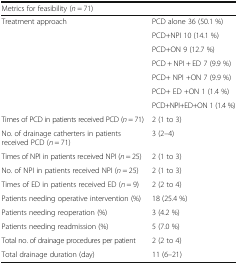
| <COLSPAN=2> Metrics for feasibility (n = 71) |
 | --- | --- |
 | <ROWSPAN=7> Treatment approach | PCD alone 36 (50.1 %) |
 | PCD+NPI 10 (14.1 %) |
 | PCD+ON 9 (12.7 %) |
 | PCD + NPI + ED 7 (9.9 %) |
 | PCD+ NPI +ON 7 (9.9 %) |
 | PCD+ ED +ON 1 (1.4 %) |
 | PCD+NPI+ED+ON 1 (1.4 %) |
 | Times of PCD in patients received PCD (n = 71) | 2 (1 to 3) |
 | No. of drainage catherters in patients received PCD (n = 71) | 3 (2–4) |
 | Times of NPI in patients received NPI (n = 25) | 2 (1 to 3) |
 | No. of NPI in patients received NPI (n = 25) | 2 (1 to 3) |
 | Times of ED in patients received ED (n = 9) | 2 (2 to 4) |
 | Patients needing operative intervention (%) | 18 (25.4 %) |
 | Patients needing reoperation (%) | 3 (4.2 %) |
 | Patients needing readmission (%) | 5 (7.0 %) |
 | Total no. of drainage procedures per patient | 2 (2 to 4) |
 | Total drainage duration (day) | 11 (6–21) |